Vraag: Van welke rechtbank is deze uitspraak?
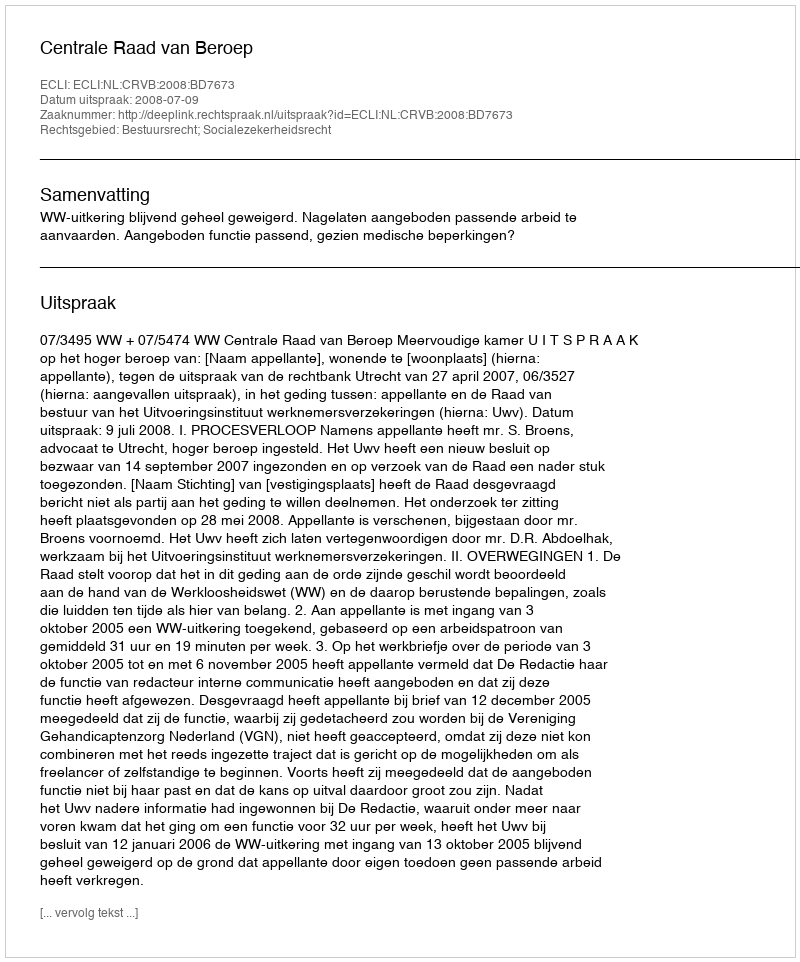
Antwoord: Centrale Raad van Beroep